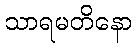
သာရမတိနော